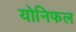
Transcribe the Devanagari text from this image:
योनिफल